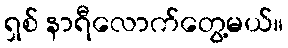
ရှစ် နာရီလောက်တွေ့မယ်။